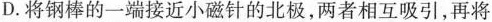
D.将钢棒的一端接近小磁针的北极，两者相互吸引，再将